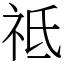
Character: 祗